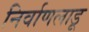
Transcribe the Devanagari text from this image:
निर्वाणलाडू